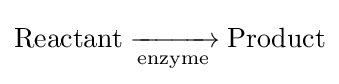
{\mathrm {Reactant} {}\mathrel {\xrightarrow[{\mathrm {enzyme} }]{}} {}\mathrm {Product} }